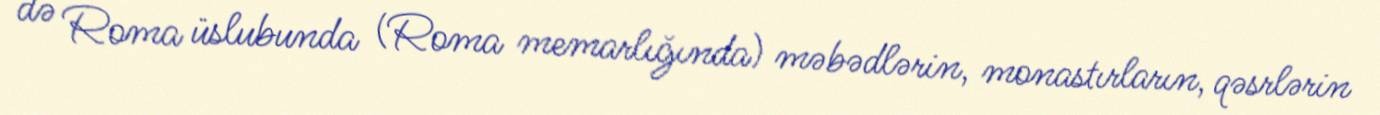
də Roma üslubunda (Roma memarlığında) məbədlərin, monastırların, qəsrlərin